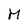
Character: M